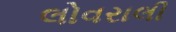
લોવરાલી